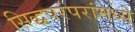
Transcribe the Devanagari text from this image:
सिद्धपरंपरांमध्ये